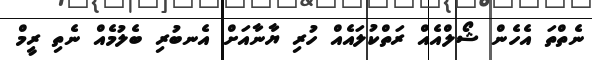
ނެތްތަ އެހެން ޝޯލްއެއް ރަތްކުލައެއް ހުރި ޔާނާއަށް އެނބުރި ބެލުމެއް ނެތި ރީމް